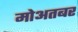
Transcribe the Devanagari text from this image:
मोअतबर